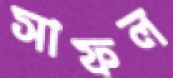
সাফল